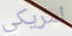
امريكي